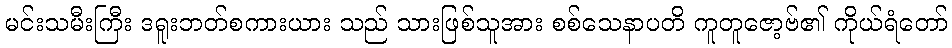
မင်းသမီးကြီး ဒရူးဘတ်စကားယား သည် သားဖြစ်သူအား စစ်သေနာပတိ ကူတူဇော့ဗ်၏ ကိုယ်ရံတော်